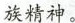
族精神。